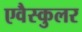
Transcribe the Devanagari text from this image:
एवैस्कुलर